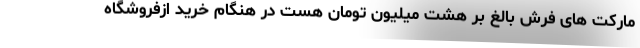
مارکت های فرش بالغ بر هشت میلیون تومان هست در هنگام خرید ازفروشگاه